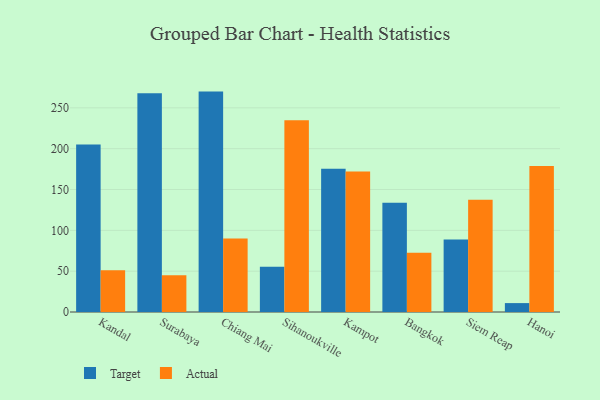
{"axis": {"x": "City", "y": "Conversion Rate (%)"}, "legend": ["Actual", "Target"], "data": [{"x": "Kandal", "y": 205.1, "type": "Target"}, {"x": "Kandal", "y": 51.2, "type": "Actual"}, {"x": "Surabaya", "y": 267.9, "type": "Target"}, {"x": "Surabaya", "y": 45.0, "type": "Actual"}, {"x": "Chiang Mai", "y": 269.9, "type": "Target"}, {"x": "Chiang Mai", "y": 89.9, "type": "Actual"}, {"x": "Sihanoukville", "y": 55.4, "type": "Target"}, {"x": "Sihanoukville", "y": 234.7, "type": "Actual"}, {"x": "Kampot", "y": 175.4, "type": "Target"}, {"x": "Kampot", "y": 172.0, "type": "Actual"}, {"x": "Bangkok", "y": 133.9, "type": "Target"}, {"x": "Bangkok", "y": 72.7, "type": "Actual"}, {"x": "Siem Reap", "y": 88.8, "type": "Target"}, {"x": "Siem Reap", "y": 137.5, "type": "Actual"}, {"x": "Hanoi", "y": 10.9, "type": "Target"}, {"x": "Hanoi", "y": 178.8, "type": "Actual"}]}